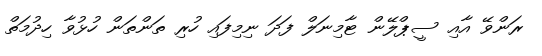
ރަންވޭ އާއި ސީޕްލޭން ޓާމިނަލް ފަދަ ނިމިފައި ހުރި ތަންތަން ހުޅުވާ ހިދުމަތް